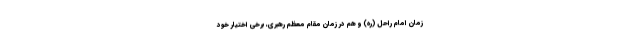
زمان امام راحل (ره) و هم در زمان مقام معظم رهبری، برخی اختیار خود